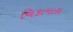
ચિકામાકા